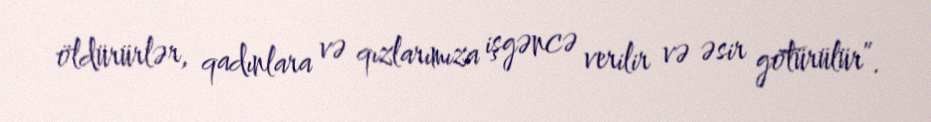
öldürürlər, qadınlara və qızlarımıza işgəncə verilir və əsir götürülür”.